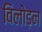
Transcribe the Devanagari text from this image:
विलोड़न